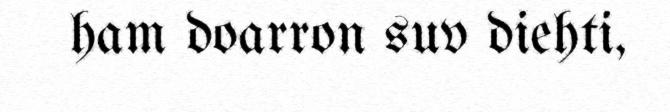
ham doarron suv diehti,